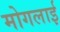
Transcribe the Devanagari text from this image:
मोगलार्इ